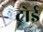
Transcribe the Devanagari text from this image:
ट्रोई